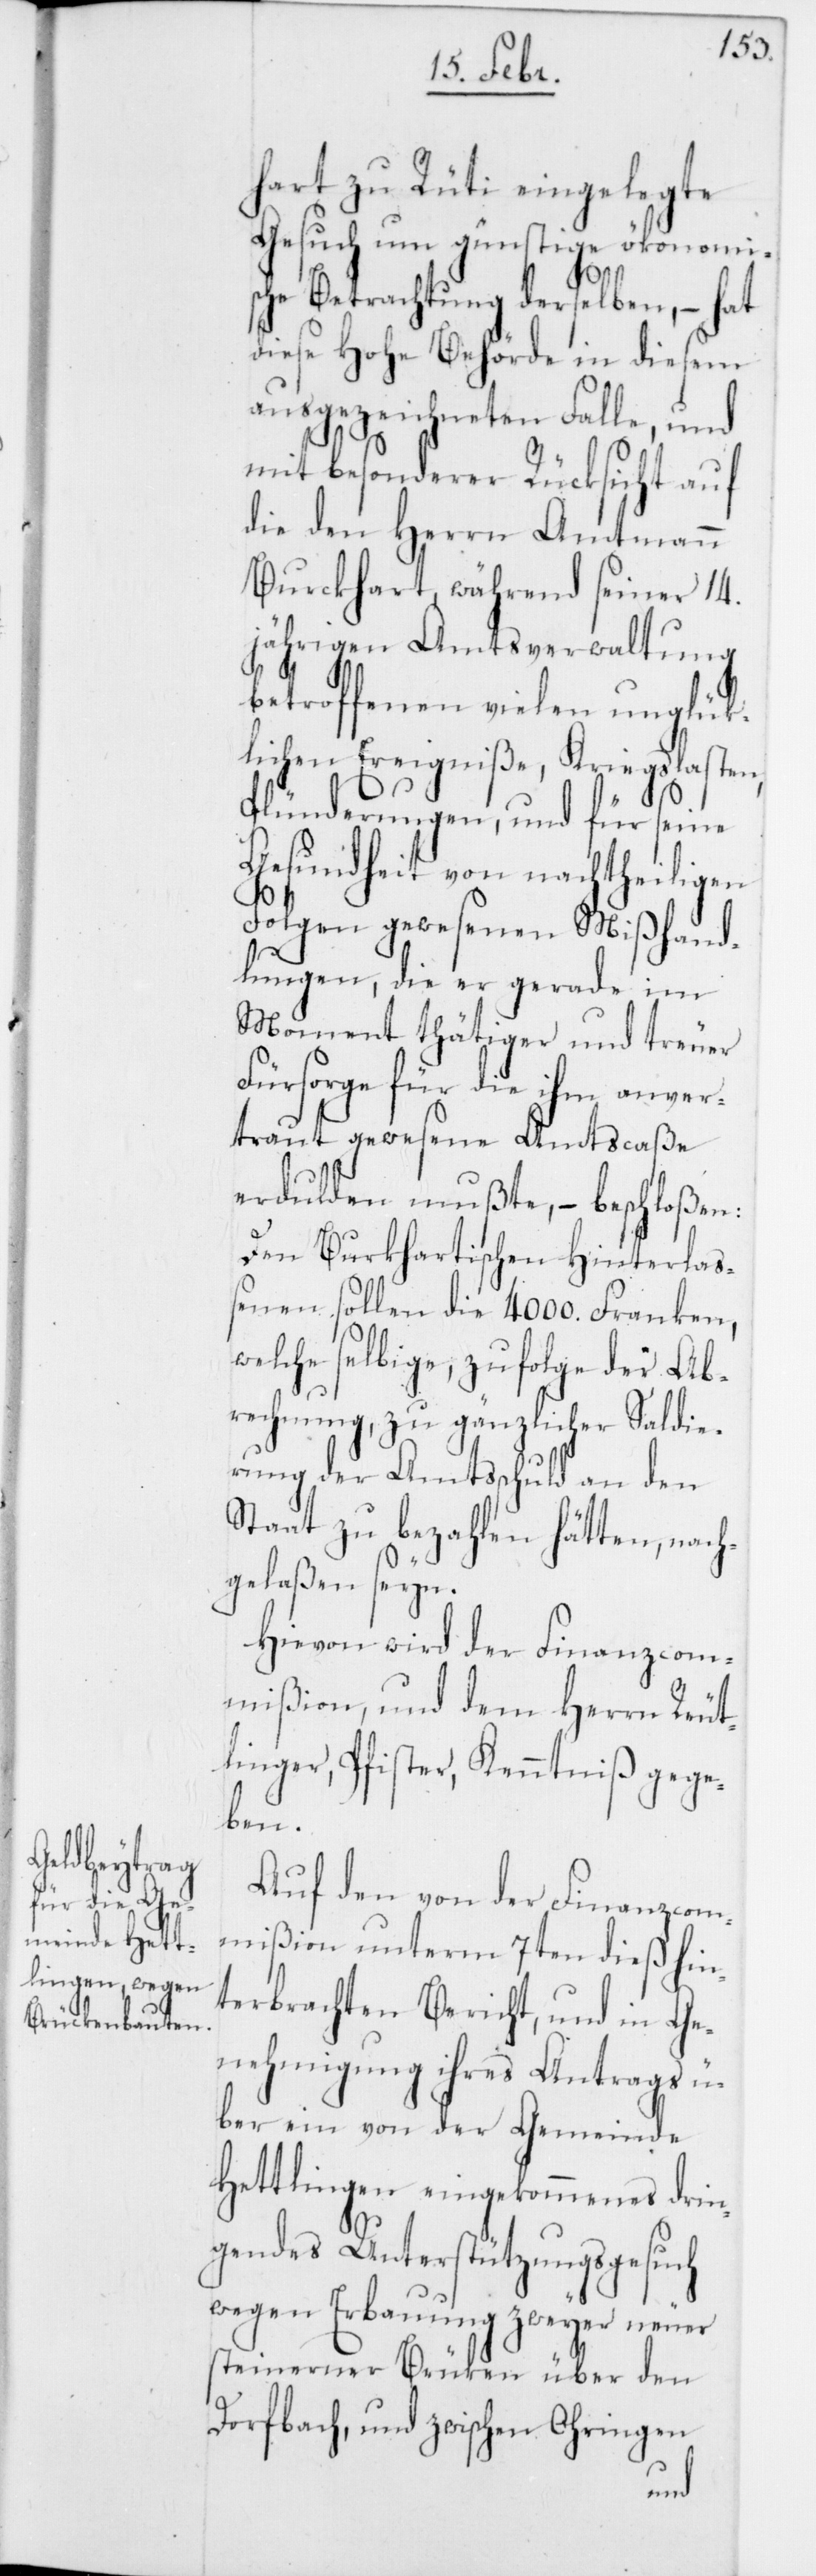
hart zu Rüti eingelegte
Gesuch um günstige ökonomi¬
sche Betrachtung derselben, – hat
diese Hohe Behörde in diesem
ausgezeichneten Falle, und
mit besonderer Rüksicht auf
die den Herrn Amtmann
[sic!], während seiner 14.
jährigen Amtsverwaltung
betroffenen vielen unglük¬
lichen Ereigniße, Kriegslasten,
Plünderungen, und für seine
Gesundheit von nachtheiligen
Folgen gewesenen Mißhand¬
lungen, die er gerade im
Moment thätiger und treuer
Fürsorge für die ihm anver¬
traut gewesene Amtscaße
erdulden mußte, – beschloßen:
Den Burkhartischen Hinterlaß¬
enen sollen die 4000. Franken,
welche selbige zufolge der Ab¬
rechnung, zu gänzlicher Saldie¬
rung der Amtsschuld an den
Staat zu bezahlen hätten, nach¬
gelaßen seyn.
Hievon wird der Finanzcom¬
mißion und dem Herrn Reut¬
linger, Pfister, Kenntniß gege¬
ben.
Auf den von der Finanzcom¬
mißion unterm 7ten dieß hin¬
terbrachten Bericht, und in Ge¬
nehmigung ihres Antrags ü¬
ber ein von der Gemeinde
Hettlingen eingekommenes drin¬
gendes Unterstützungsgesuch
wegen Erbauung zweyer neuer
steinerner Brüken über den
Dorfbach, und zwischen Ohringen